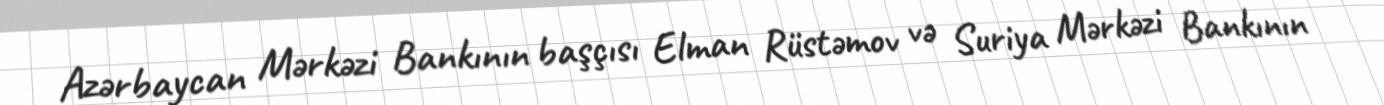
Azərbaycan Mərkəzi Bankının başçısı Elman Rüstəmov və Suriya Mərkəzi Bankının